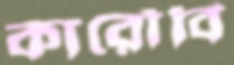
কারৌবি